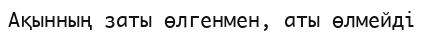
Ақынның заты өлгенмен, аты өлмейді